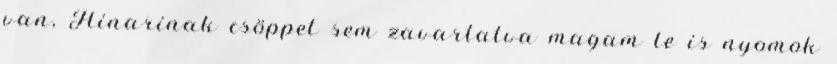
van, Hinarinak csöppet sem zavartatva magam le is nyomok